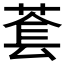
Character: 𬝑